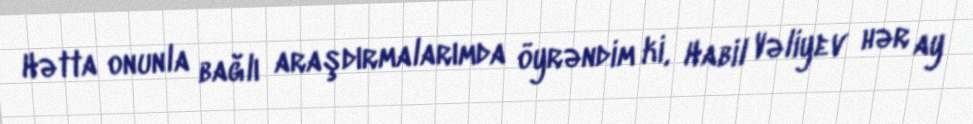
Hətta onunla bağlı araşdırmalarımda öyrəndim ki, Habil Vəliyev hər ay